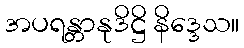
အပရန္တာနုဒိဋ္ဌိ နိဒ္ဒေသ။